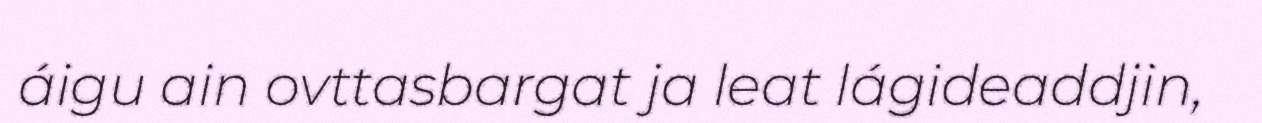
áigu ain ovttasbargat ja leat lágideaddjin,